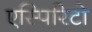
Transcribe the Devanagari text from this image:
एस्पिरिटो